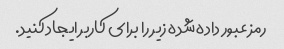
رمز عبور داده شده زیر را برای کاربر ایجاد کنید.